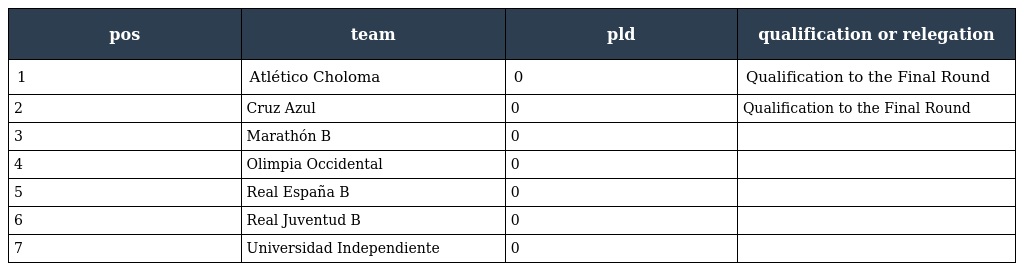
| pos | team | pld | qualification or relegation |
 | --- | --- | --- | --- |
 | 1 | Atlético Choloma | 0 | Qualification to the Final Round |
 | 2 | Cruz Azul | 0 | Qualification to the Final Round |
 | 3 | Marathón B | 0 |  |
 | 4 | Olimpia Occidental | 0 |  |
 | 5 | Real España B | 0 |  |
 | 6 | Real Juventud B | 0 |  |
 | 7 | Universidad Independiente | 0 |  |